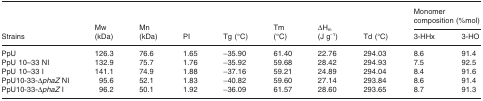
| <ROWSPAN=2> Strains | <ROWSPAN=2> Mw (kDa) | <ROWSPAN=2> Mn (kDa) | <ROWSPAN=2> PI | <ROWSPAN=2> Tg (°C) | <ROWSPAN=2> Tm (°C) | <ROWSPAN=2> ΔHm (J g−1) | <ROWSPAN=2> Td (°C) | <COLSPAN=2> Monomer composition (%mol) |
 | 3-HHx | 3-HO |
 | --- | --- | --- | --- | --- | --- | --- | --- | --- | --- |
 | PpU | 126.3 | 76.6 | 1.65 | −35.90 | 61.40 | 22.76 | 294.03 | 8.6 | 91.4 |
 | PpU 10–33 NI | 132.9 | 75.7 | 1.76 | −35.92 | 59.68 | 28.42 | 294.93 | 7.5 | 92.5 |
 | PpU 10–33 I | 141.1 | 74.9 | 1.88 | −37.16 | 59.21 | 24.89 | 294.04 | 8.4 | 91.6 |
 | PpU10-33-ΔphaZ NI | 95.6 | 52.1 | 1.83 | −40.82 | 59.60 | 27.14 | 293.84 | 8.6 | 91.4 |
 | PpU10-33-ΔphaZ I | 96.2 | 50.1 | 1.92 | −36.09 | 61.57 | 28.60 | 293.65 | 8.7 | 91.3 |